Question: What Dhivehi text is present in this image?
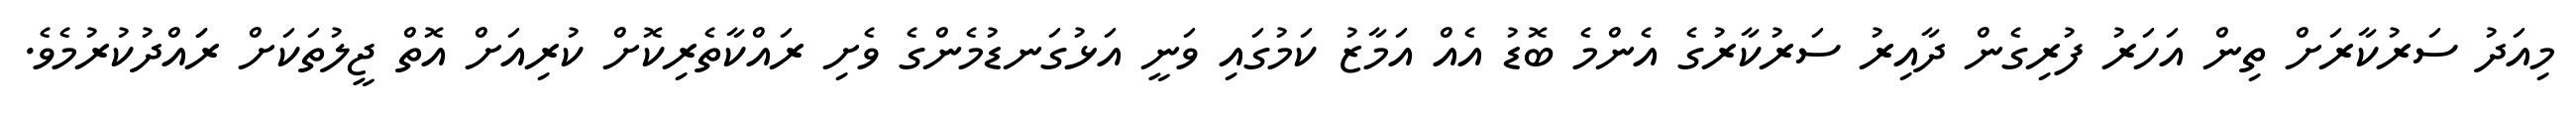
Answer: މިއަދު ސަރުކާރަށް ތިން އަހަރު ފުރިގެން ދާއިރު ސަރުކާރުގެ އެންމެ ބޮޑު އެއް އަމާޒު ކަމުގައި ވަނީ އަޅުގަނޑުމެންގެ ވެށި ރައްކާތެރިކޮށް ކުރިއަށް އޮތް ޖީލުތަކަށް ރަައްދުކުރުމެވެ.